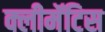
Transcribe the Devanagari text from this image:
क्लीमॅटिस